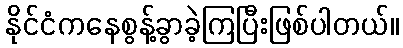
နိုင်ငံကနေစွန့်ခွာခဲ့ကြပြီးဖြစ်ပါတယ်။